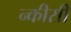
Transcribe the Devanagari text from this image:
न्कीसी